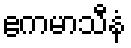
ဧကမာသီနံ